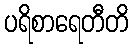
ပရိစာရေတီတိ